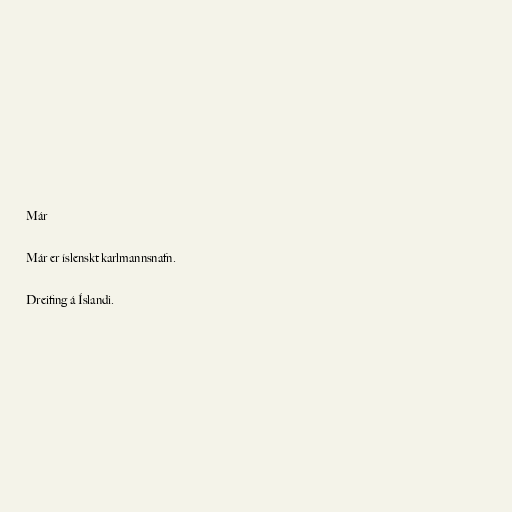
Már

Már er íslenskt karlmannsnafn.

Dreifing á Íslandi.